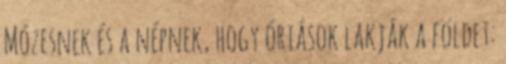
Mózesnek és a népnek, hogy óriások lakják a földet: